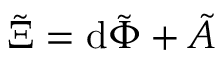
\tilde { \Xi } = \mathrm { d } \tilde { \Phi } + \tilde { A }